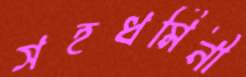
সহধর্মিনী